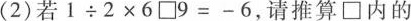
(2)若$$1\div2times6\square 9=-6$$,请推算\square 内的